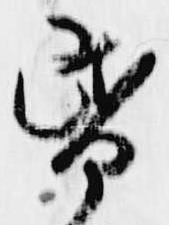
昏